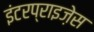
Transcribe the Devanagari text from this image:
इंटरप्राइज़ेस